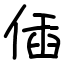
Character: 偛